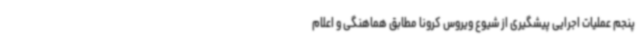
پنجم عملیات اجرایی پیشگیری از شیوع ویروس کرونا مطابق هماهنگی و اعلام